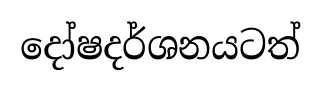
දෝෂදර්ශනයටත්